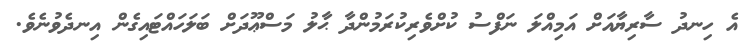
އެ ހިނދު ސާރިޔާއަށް އަމިއްލަ ނަފްސު ކުށްވެރިކުރަމުންދާ ޙާލު މަސްޢޫދަށް ބަލަހައްޓައިގެން އިނދެވުނެވެ.